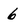
Character: 6